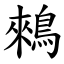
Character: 鶆